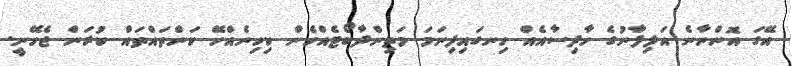
އޭގަ އޮންނާނެ އަލިފާނުގެ ހާދިސާއެއް ހިނގައިފިނަމަ މަތިންދާބޯޓެއްހެން ކިހިނެއްހޭ ކަންތައްތައް ކުރަން ޖެހޭނީ.